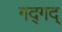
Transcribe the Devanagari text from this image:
गद्गद्